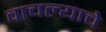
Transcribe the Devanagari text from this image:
वाचल्याचे